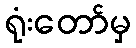
ရုံးတော်မှ